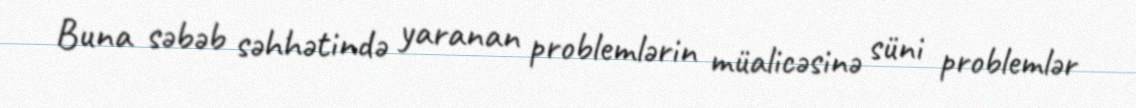
Buna səbəb səhhətində yaranan problemlərin müalicəsinə süni problemlər